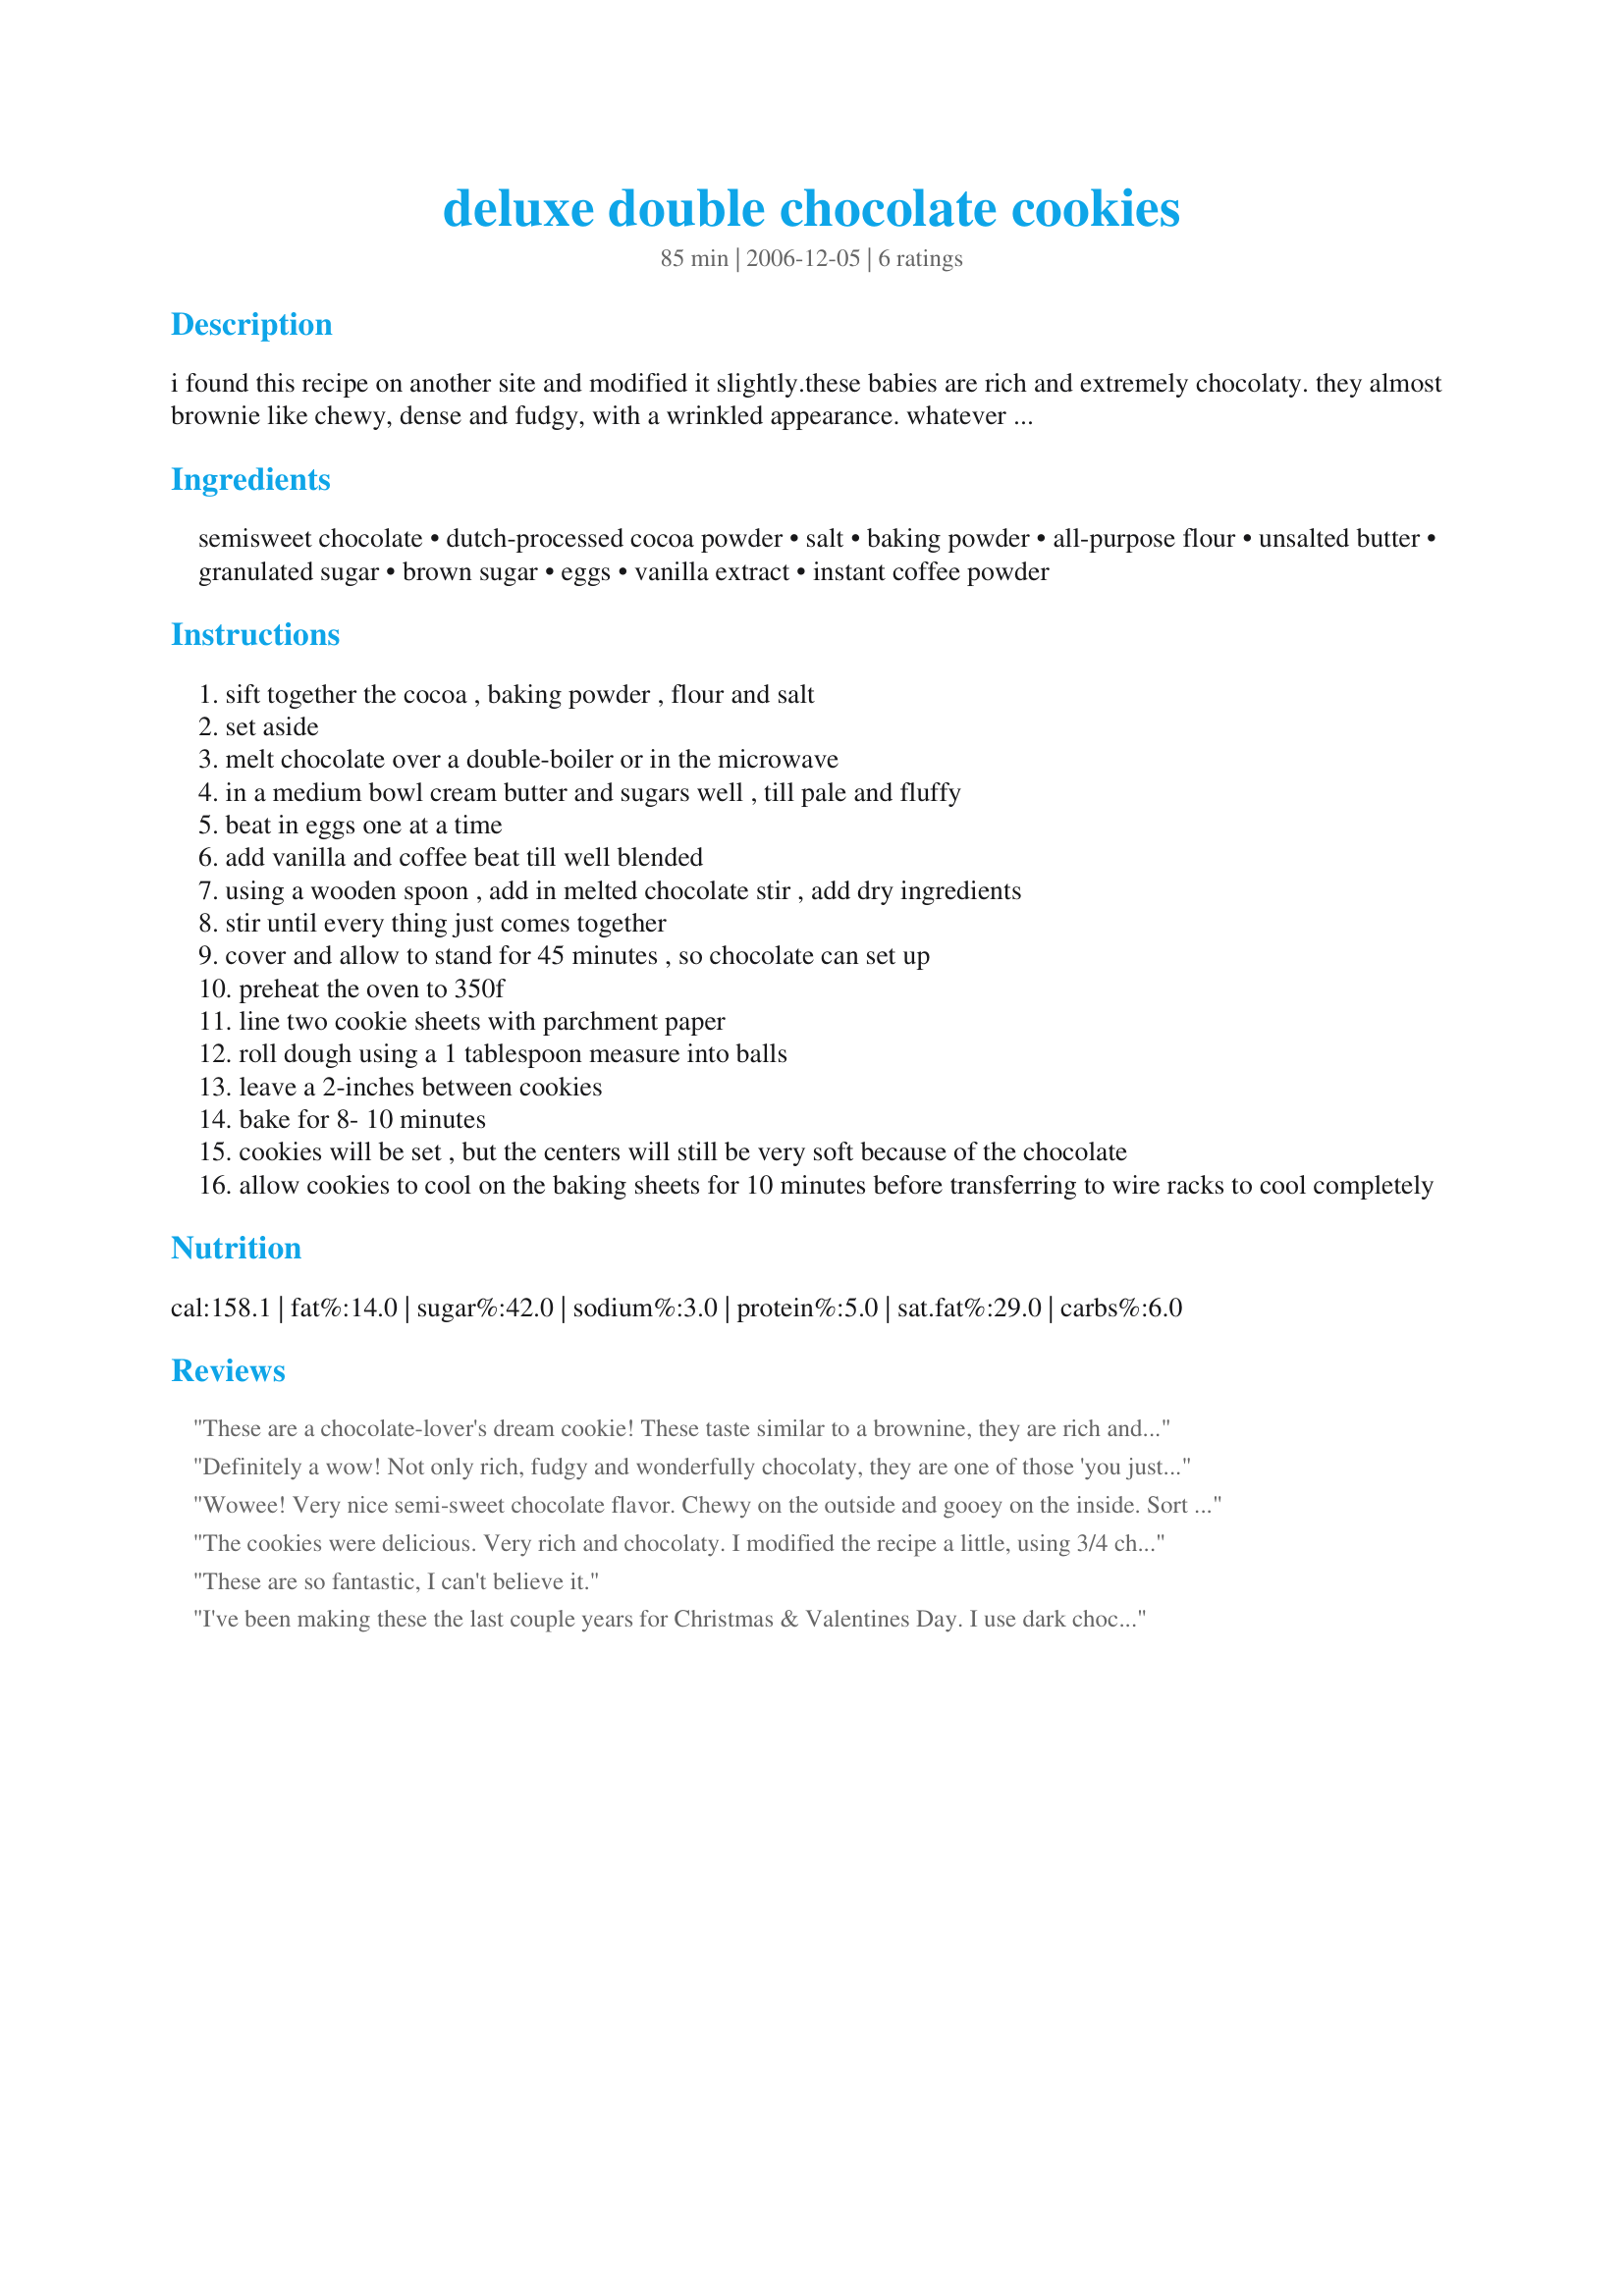
deluxe double chocolate cookies
Preparation time: 85 minutes

i found this recipe on another site and modified it slightly.these babies are rich and extremely chocolaty. they almost brownie like chewy, dense and fudgy, with a wrinkled appearance. whatever you do, don't over bake them and use good quality chocolate and cocoa. i use lindt 70% cocoa bittersweet chocolate. next time i'll try adding some chocolate chunks and walnuts to it (although they fine as is, also making them using a 1 tsp measure as they are rich.

Ingredients:
semisweet chocolate, dutch-processed cocoa powder, salt, baking powder, all-purpose flour, unsalted butter, granulated sugar, brown sugar, eggs, vanilla extract, instant coffee powder

Steps:
sift together the cocoa , baking powder , flour and salt
set aside
melt chocolate over a double-boiler or in the microwave
in a medium bowl cream butter and sugars well , till pale and fluffy
beat in eggs one at a time
add vanilla and coffee beat till well blended
using a wooden spoon , add in melted chocolate stir , add dry ingredients
stir until every thing just comes together
cover and allow to stand for 45 minutes , so chocolate can set up
preheat the oven to 350f
line two cookie sheets with parchment paper
roll dough using a 1 tablespoon measure into balls
leave a 2-inches between cookies
bake for 8- 10 minutes
cookies will be set , but the centers will still be very soft because of the chocolate
allow cookies to cool on the baking sheets for 10 minutes before transferring to wire racks to cool completely

Reviews:
These are a chocolate-lover's dream cookie! These taste similar to a brownine, they are rich and oh so good, thanks lemoncurd!...Kitten :)
Definitely a wow! Not only rich, fudgy and wonderfully chocolaty, they are one of those 'you just can't eat one kind of cookie' - the kind every chocolate lover raves about and goes home recipe in hand. Made as posted - no changes needed. Thank you lemoncurd.
Wowee! Very nice semi-sweet chocolate flavor. Chewy on the outside and gooey on the inside. Sort of like a brownie pie cookie. Easy to make but hard to let it sit 45 minutes until you can bake them! Instructions don't say when to add the cocoa powder so I added it with the dry ingredients. Yes...I can imagine these with nuts, chocolate chips or even cherries in them...but they are also VERY nice as they are. Thanks for a keeper recipe lemoncurd! Made for 1-2-3 hit wonders. I forsee 100 ratings of this recipe.
The cookies were delicious. Very rich and chocolaty. I modified the recipe a little, using 3/4 chocolate and 1/4 macadamia nuts. (:
These are so fantastic, I can't believe it.
I've been making these the last couple years for Christmas & Valentines Day. I use dark chocolate chips for the chocolate pieces (2 & 2/3 cups equal 1 lb). I always get tons of compliments on them. They disapear fast, wherever I take them.
